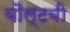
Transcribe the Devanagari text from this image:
बौल्टबी